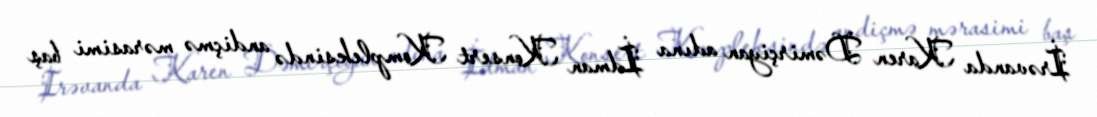
İrəvanda Karen Dəmirçiyan adına İdman Konsert Kompleksində andiçmə mərasimi baş